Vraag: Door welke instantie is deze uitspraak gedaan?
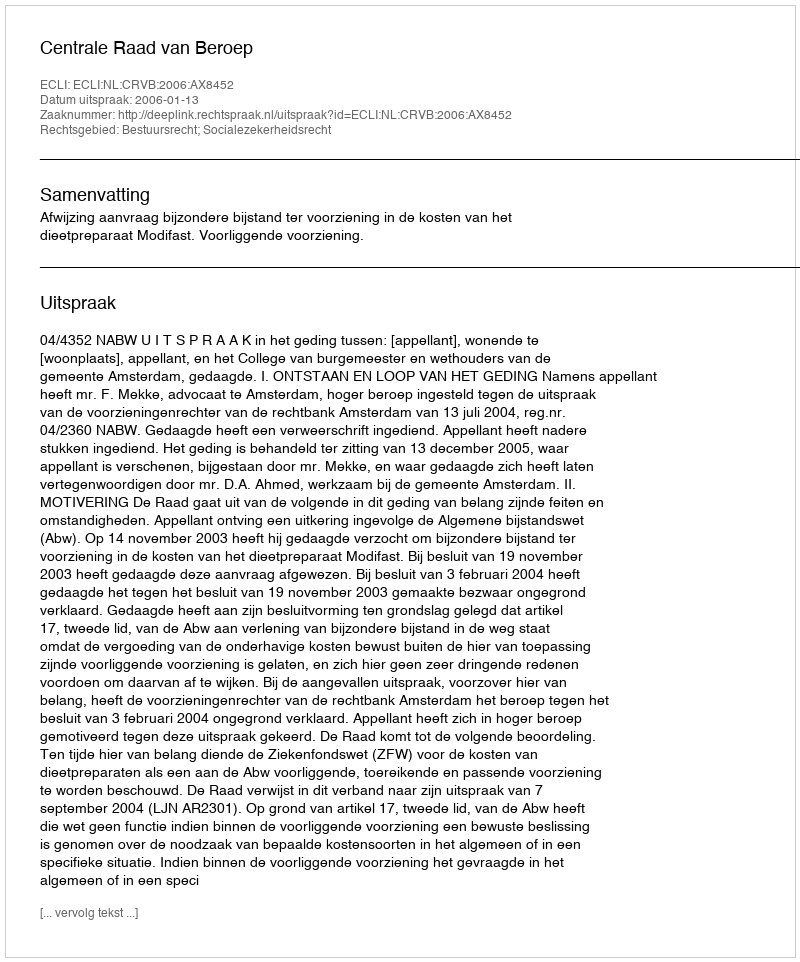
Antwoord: Centrale Raad van Beroep